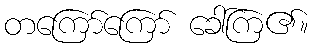
တကြော်ကြော် ခေါ်ကြ၏။